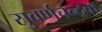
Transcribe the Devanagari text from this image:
सुवर्णचन्द्रक